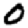
Digit: 0